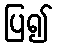
ပြ၍